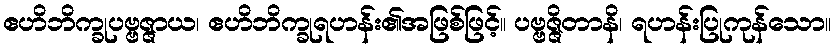
ဧဟိဘိက္ခုပဗ္ဗဇ္ဇာယ၊ ဧဟိဘိက္ခုရဟန်း၏အဖြစ်ဖြင့်။ ပဗ္ဗဇ္ဇိတာနိ၊ ရဟန်းပြုကုန်သော။